Liigvalla_vallavalitsus, lk 154
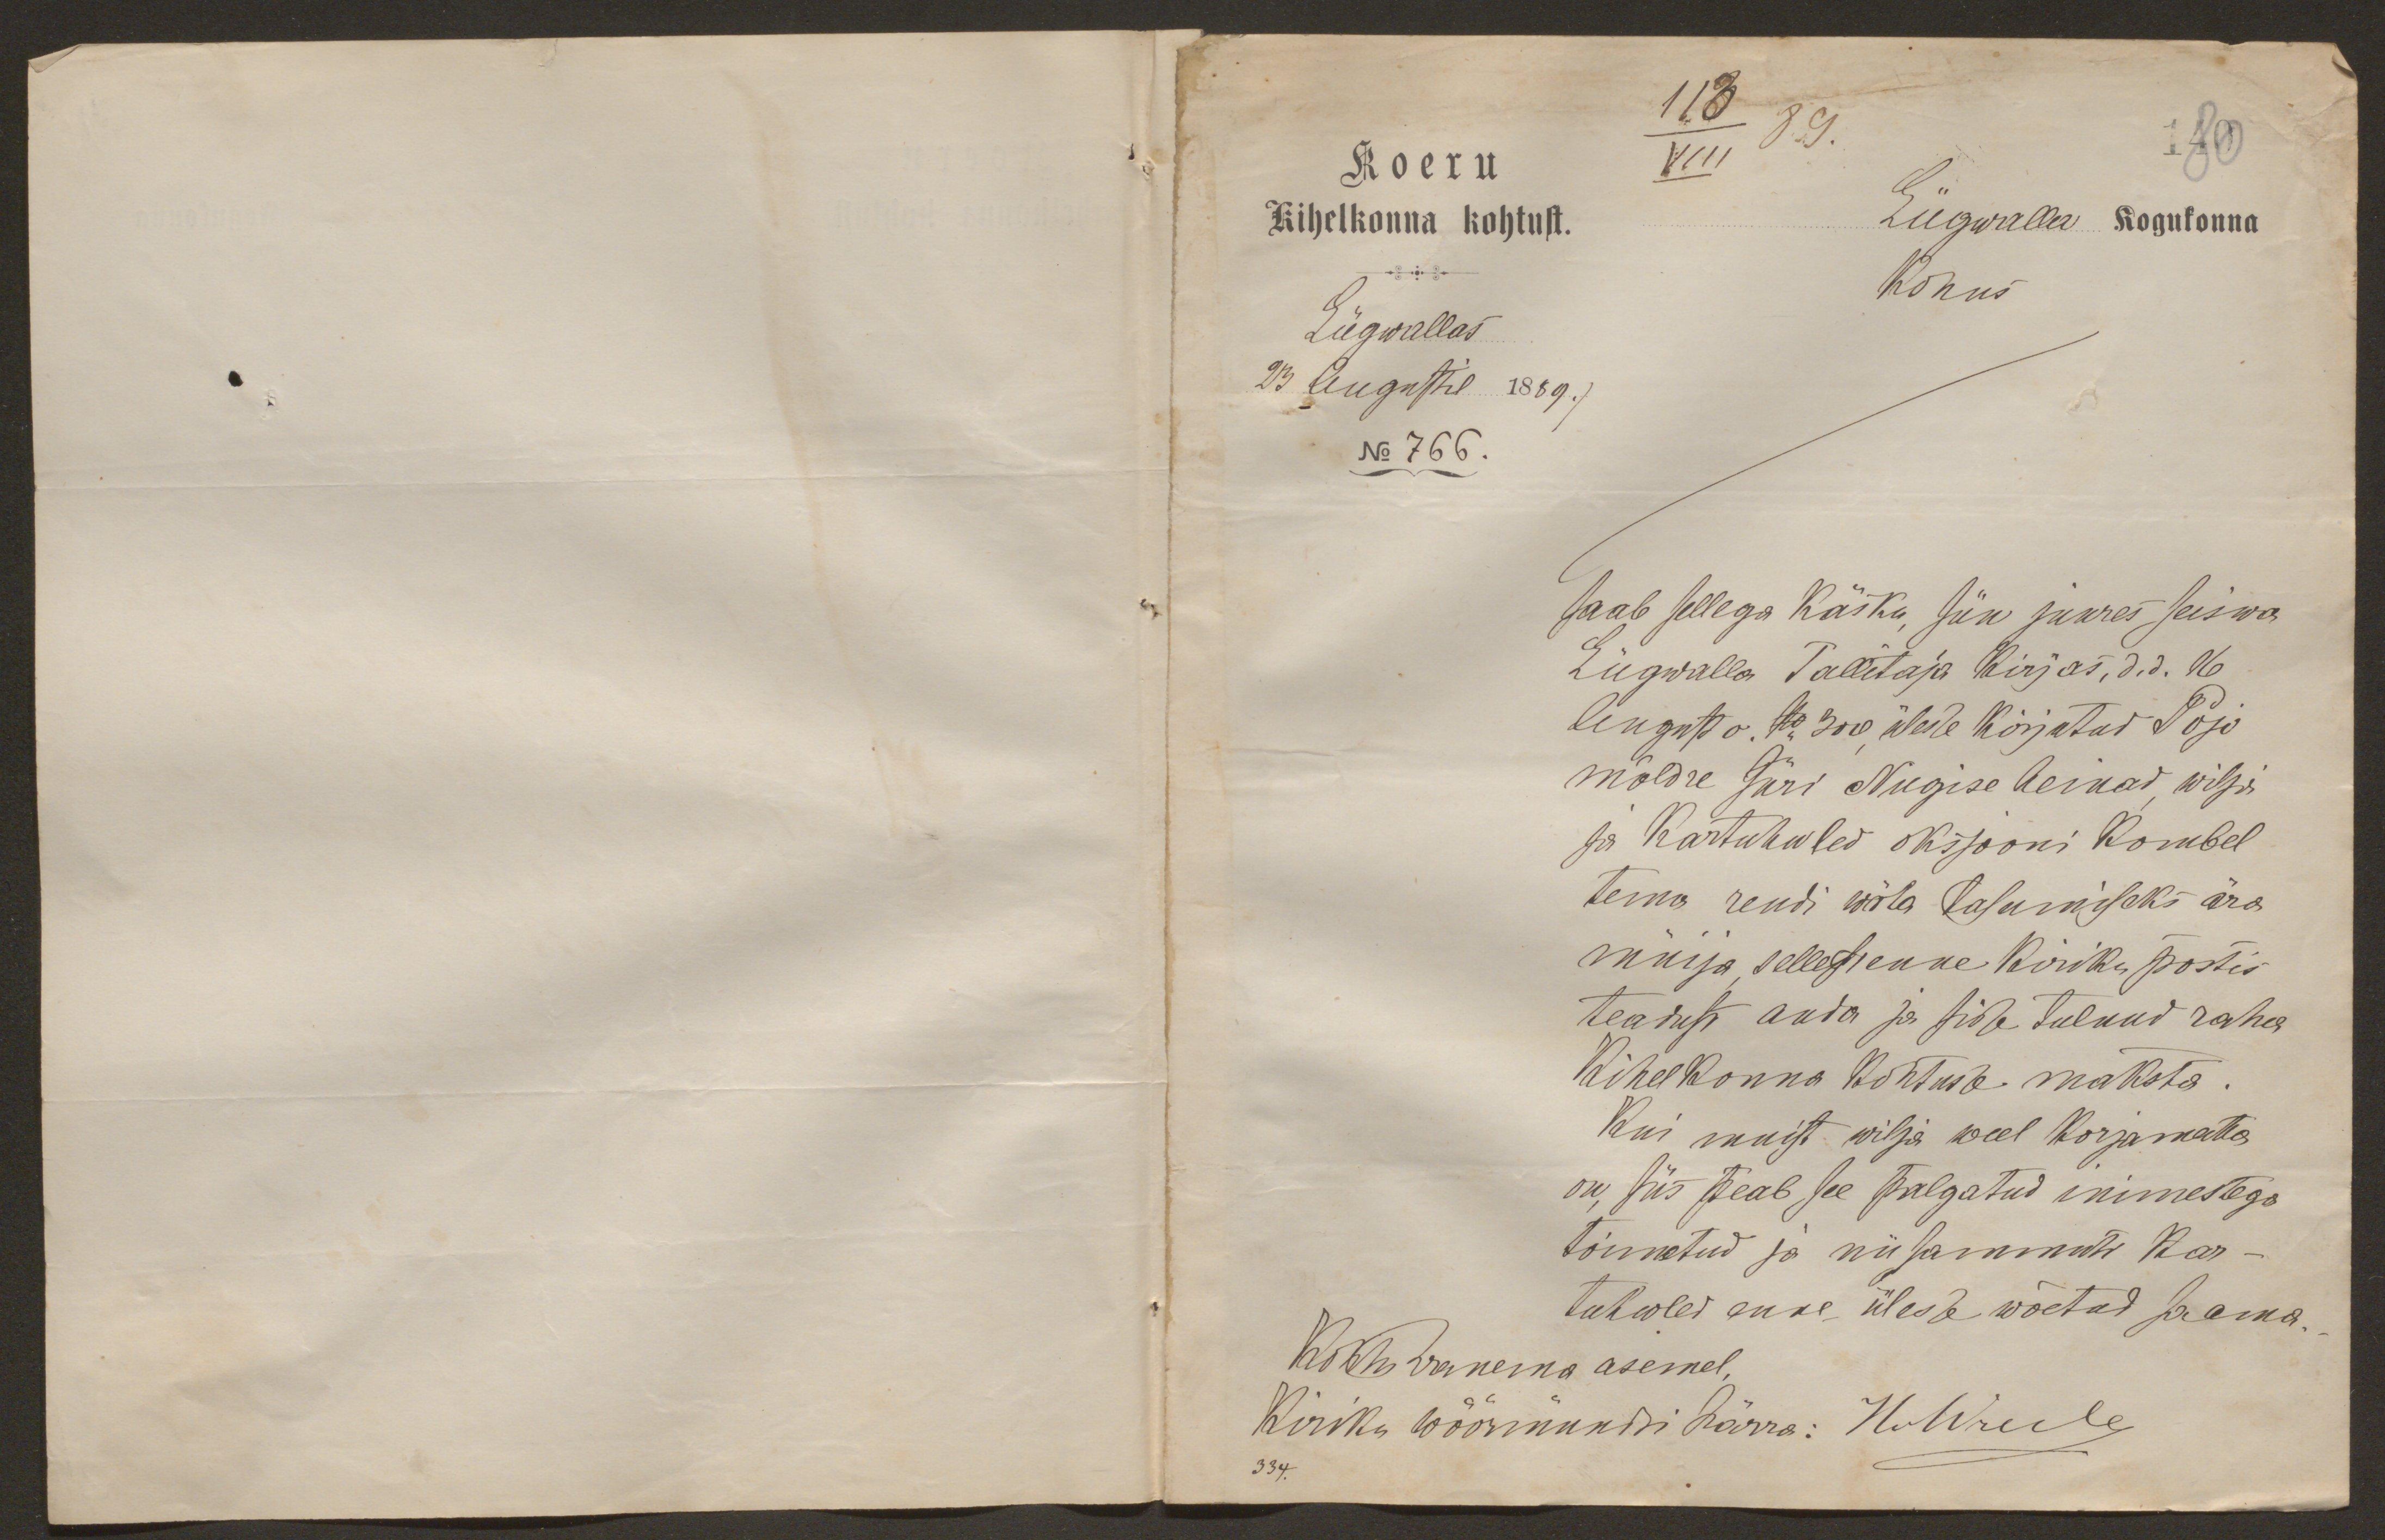
113
Koeru
VIII 89.
140
Kihelkonna kohtust.
Liigwalla kogukonna
kohus
Liigwallas
23 Augustil 1889./
No 766.

saab sellega käsku, siin juures seiswa
Liigwalla Tallitaja kirjas, d. d. 16
August o. No 300, ülesse kirjutud Pojo
möldre Jüri Nugise heinad, wilja
ja kartuhwled oksjooni kombel
tema rendi wõla tasumiseks ära
müija, sellest enne kiriku postis
teadust anda ja sisse tulnud raha
kihelkonna kohtusse maksta.
Kui muist wilja weel korjamatta
on, siis peab see palgatud inimestega
toimetud ja niisammuti kar-
tuhwled enne ülesse wõetud saama.
Kohtu wanema asemel,
Kiriku wöörmündi härra:
334.